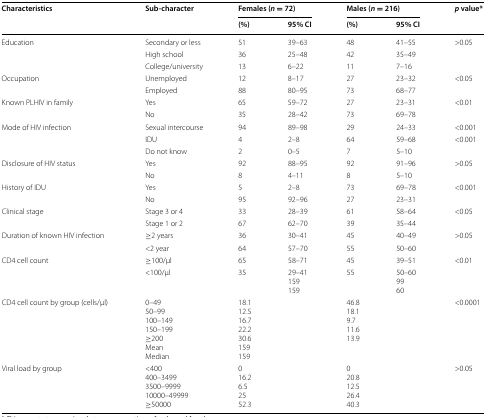
<table><thead><tr><td rowspan="2"><b>Characteristics</b></td><td rowspan="2"><b>Sub-character</b></td><td colspan="2"><b>Females (<i>n</i> = 72)</b></td><td colspan="2"><b>Males (<i>n</i> = 216)</b></td><td rowspan="2"><b><i>p</i> value*</b></td></tr><tr><td><b>(%)</b></td><td><b>95% CI</b></td><td><b>(%)</b></td><td><b>95% CI</b></td></tr></thead><tbody><tr><td rowspan="3">Education</td><td>Secondary or less</td><td>51</td><td>39–63</td><td>48</td><td>41–55</td><td rowspan="3">&gt;0.05</td></tr><tr><td>High school</td><td>36</td><td>25–48</td><td>42</td><td>35–49</td></tr><tr><td>College/university</td><td>13</td><td>6–22</td><td>11</td><td>7–16</td></tr><tr><td rowspan="2">Occupation</td><td>Unemployed</td><td>12</td><td>8–17</td><td>27</td><td>23–32</td><td rowspan="2">&lt;0.05</td></tr><tr><td>Employed</td><td>88</td><td>80–95</td><td>73</td><td>68–77</td></tr><tr><td rowspan="2">Known PLHIV in family</td><td>Yes</td><td>65</td><td>59–72</td><td>27</td><td>23–31</td><td rowspan="2">&lt;0.01</td></tr><tr><td>No</td><td>35</td><td>28–42</td><td>73</td><td>69–78</td></tr><tr><td rowspan="3">Mode of HIV infection</td><td>Sexual intercourse</td><td>94</td><td>89–98</td><td>29</td><td>24–33</td><td>&lt;0.001</td></tr><tr><td>IDU</td><td>4</td><td>2–8</td><td>64</td><td>59–68</td><td rowspan="2">&lt;0.001</td></tr><tr><td>Do not know</td><td>2</td><td>0–5</td><td>7</td><td>5–10</td></tr><tr><td rowspan="2">Disclosure of HIV status</td><td>Yes</td><td>92</td><td>88–95</td><td>92</td><td>91–96</td><td>&gt;0.05</td></tr><tr><td>No</td><td>8</td><td>4–11</td><td>8</td><td>5–10</td><td></td></tr><tr><td rowspan="2">History of IDU</td><td>Yes</td><td>5</td><td>2–8</td><td>73</td><td>69–78</td><td rowspan="2">&lt;0.001</td></tr><tr><td>No</td><td>95</td><td>92–96</td><td>27</td><td>23–31</td></tr><tr><td rowspan="2">Clinical stage</td><td>Stage 3 or 4</td><td>33</td><td>28–39</td><td>61</td><td>58–64</td><td rowspan="2">&lt;0.05</td></tr><tr><td>Stage 1 or 2</td><td>67</td><td>62–70</td><td>39</td><td>35–44</td></tr><tr><td rowspan="2">Duration of known HIV infection</td><td>≥2 years</td><td>36</td><td>30–41</td><td>45</td><td>40–49</td><td rowspan="2">&gt;0.05</td></tr><tr><td>&lt;2 year</td><td>64</td><td>57–70</td><td>55</td><td>50–60</td></tr><tr><td rowspan="2">CD4 cell count</td><td>≥100/μl</td><td>65</td><td>58–71</td><td>45</td><td>39–51</td><td rowspan="2">&lt;0.01</td></tr><tr><td>&lt;100/μl</td><td>35</td><td>29–41159159</td><td>55</td><td>50–609960</td></tr><tr><td>CD4 cell count by group (cells/μl)</td><td>0–4950–99100–149150–199≥200MeanMedian</td><td>18.112.516.722.230.6159159</td><td></td><td>46.818.19.711.613.9</td><td></td><td>&lt;0.0001</td></tr><tr><td>Viral load by group</td><td>&lt;400400–34993500–999910000–49999≥50000</td><td>016.26.52552.3</td><td></td><td>020.812.526.440.3</td><td></td><td>&gt;0.05</td></tr></tbody></table>